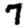
Digit: 7